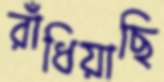
রাঁধিয়াছি